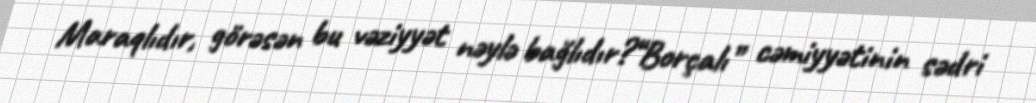
Maraqlıdır, görəsən bu vəziyyət nəylə bağlıdır?“Borçalı” cəmiyyətinin sədri